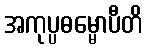
အကုပ္ပဓမ္မောပီတိ